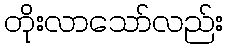
တိုးလာသော်လည်း